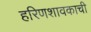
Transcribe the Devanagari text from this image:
हरिणशावकाची